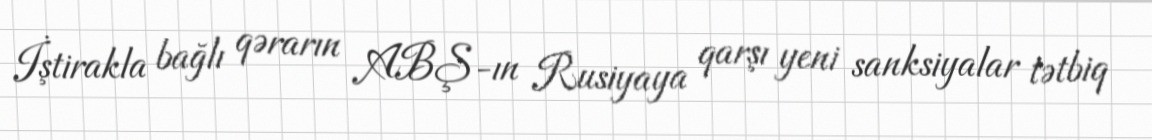
İştirakla bağlı qərarın ABŞ-ın Rusiyaya qarşı yeni sanksiyalar tətbiq